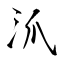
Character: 沠